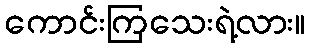
ကောင်းကြသေးရဲ့လား။